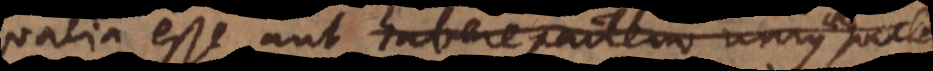
alia esse, aut habere partem unius aequalem